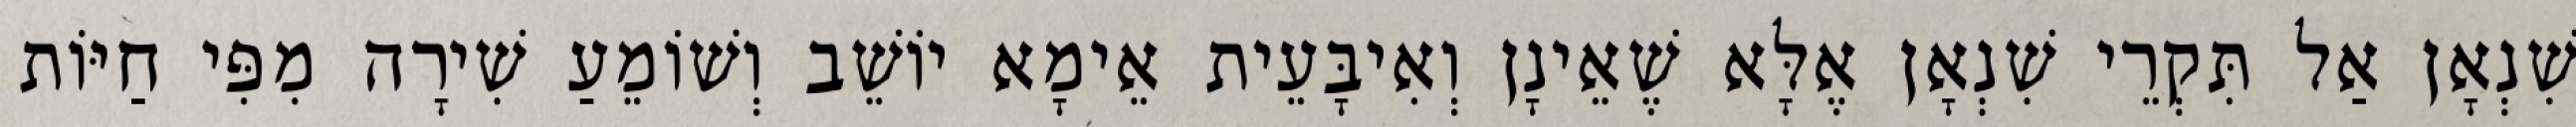
שִׁנְאָן אַל תִּקְרֵי שִׁנְאָן אֶלָּא שֶׁאֵינָן וְאִיבָּעֵית אֵימָא יוֹשֵׁב וְשׁוֹמֵעַ שִׁירָה מִפִּי חַיּוֹת